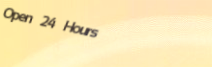
Open 24 Hours